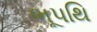
ભૂપથિ